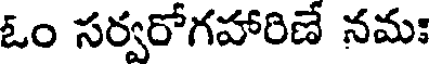
ఓం సర్వరోగహారిణే నమః